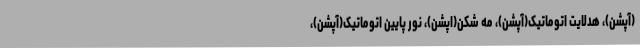
(آپشن)، هدلایت اتوماتیک(آپشن)، مه شکن(اپشن)، نور پایین اتوماتیک(آپشن)،